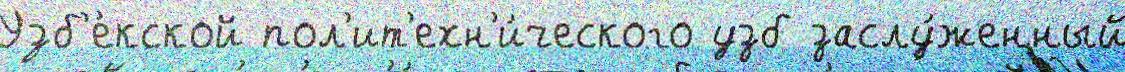
Узб'е́кской пол'ит'ехн'и́ческого узб заслу́женный